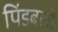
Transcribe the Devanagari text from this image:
पिंडबलों